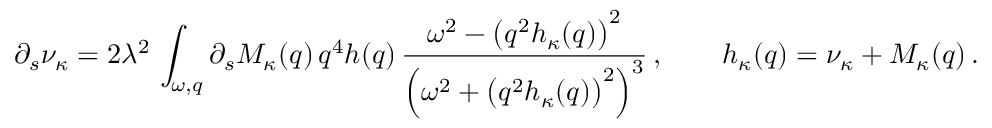
\partial _ { s } \nu _ { \kappa } = 2 \lambda ^ { 2 } \, \int _ { \omega , q } \partial _ { s } M _ { \kappa } ( q ) \, q ^ { 4 } h ( q ) \, \frac { \omega ^ { 2 } - \big ( q ^ { 2 } h _ { \kappa } ( q ) \big ) ^ { 2 } } { \Big ( \omega ^ { 2 } + \big ( q ^ { 2 } h _ { \kappa } ( q ) \big ) ^ { 2 } \Big ) ^ { 3 } } \, , \qquad h _ { \kappa } ( q ) = \nu _ { \kappa } + M _ { \kappa } ( q ) \, .